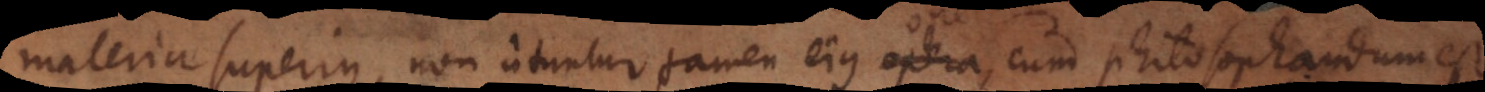
materia superius, non utuntur tamen ejus opera, cum philosophandum est